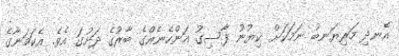
އެނދި މަރިޔަނބު ނަމަކަށް ކިޔުނު ފާސިގު އަންހެނެއްގެ ބާރުގެ ދަށުގަ އެވެ. އެކަމަނާގެ